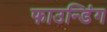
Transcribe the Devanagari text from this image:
फाउन्डिंग